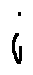
i